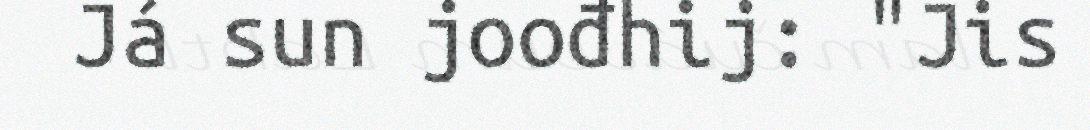
Já sun joođhij: "Jis